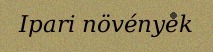
Ipari növények